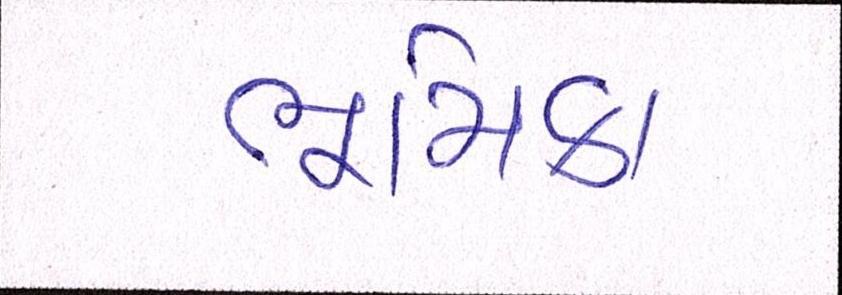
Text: ભૂમિકા